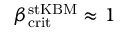
\beta _ { \mathrm { c r i t } } ^ { \mathrm { s t K B M } } \approx 1 \